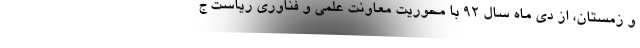
و زمستان، از دی ماه سال ۹۲ با محوریت معاونت علمی و فناوری ریاست ج